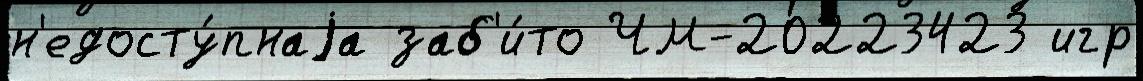
н'едосту́пнаjа заб'и́то ЧМ-20223423 игр